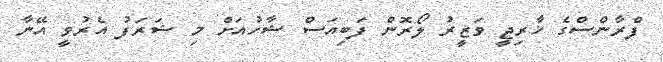
ފްރާންސްގެ ޚާރިޖީ ވަޒީރު ލޯރޮން ފަބިއަސް ޝާހުއަށް މި ޝަރަފު އެރުވީ އޭނާ